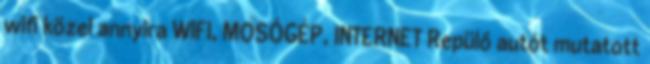
wifi közel annyira WIFI, MOSÓGÉP, INTERNET Repülő autót mutatott